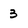
Character: 3